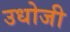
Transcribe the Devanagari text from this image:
उधोजी